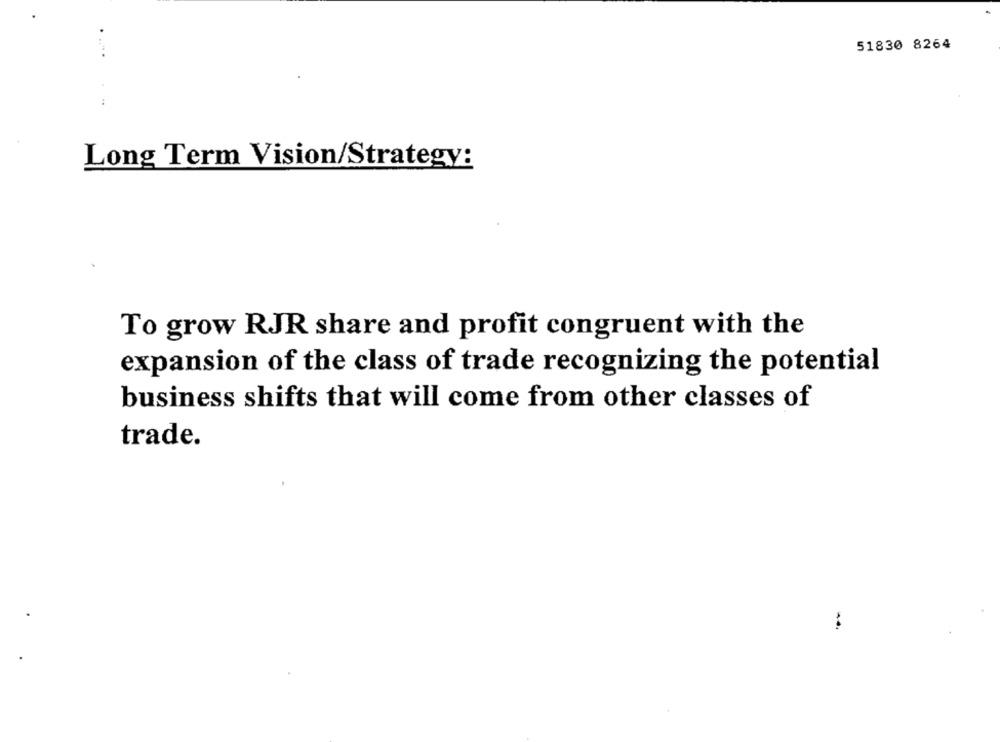
51830 8264
Long Term Vision/Strategy:
To grow RJR share and profit congruent with the
expansion of the class of trade recognizing the potential
business shifts that will come from other classes of
trade.